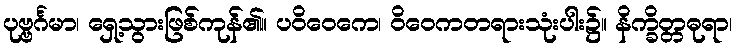
ပုဗ္ဗင်္ဂမာ၊ ရှေ့သွားဖြစ်ကုန်၏။ ပဝိဝေကေ၊ ဝိဝေကတရားသုံးပါး၌။ နိက္ခိတ္တဓုရာ၊